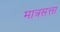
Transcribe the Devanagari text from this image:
मात्रसत्ता